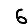
Digit: 6